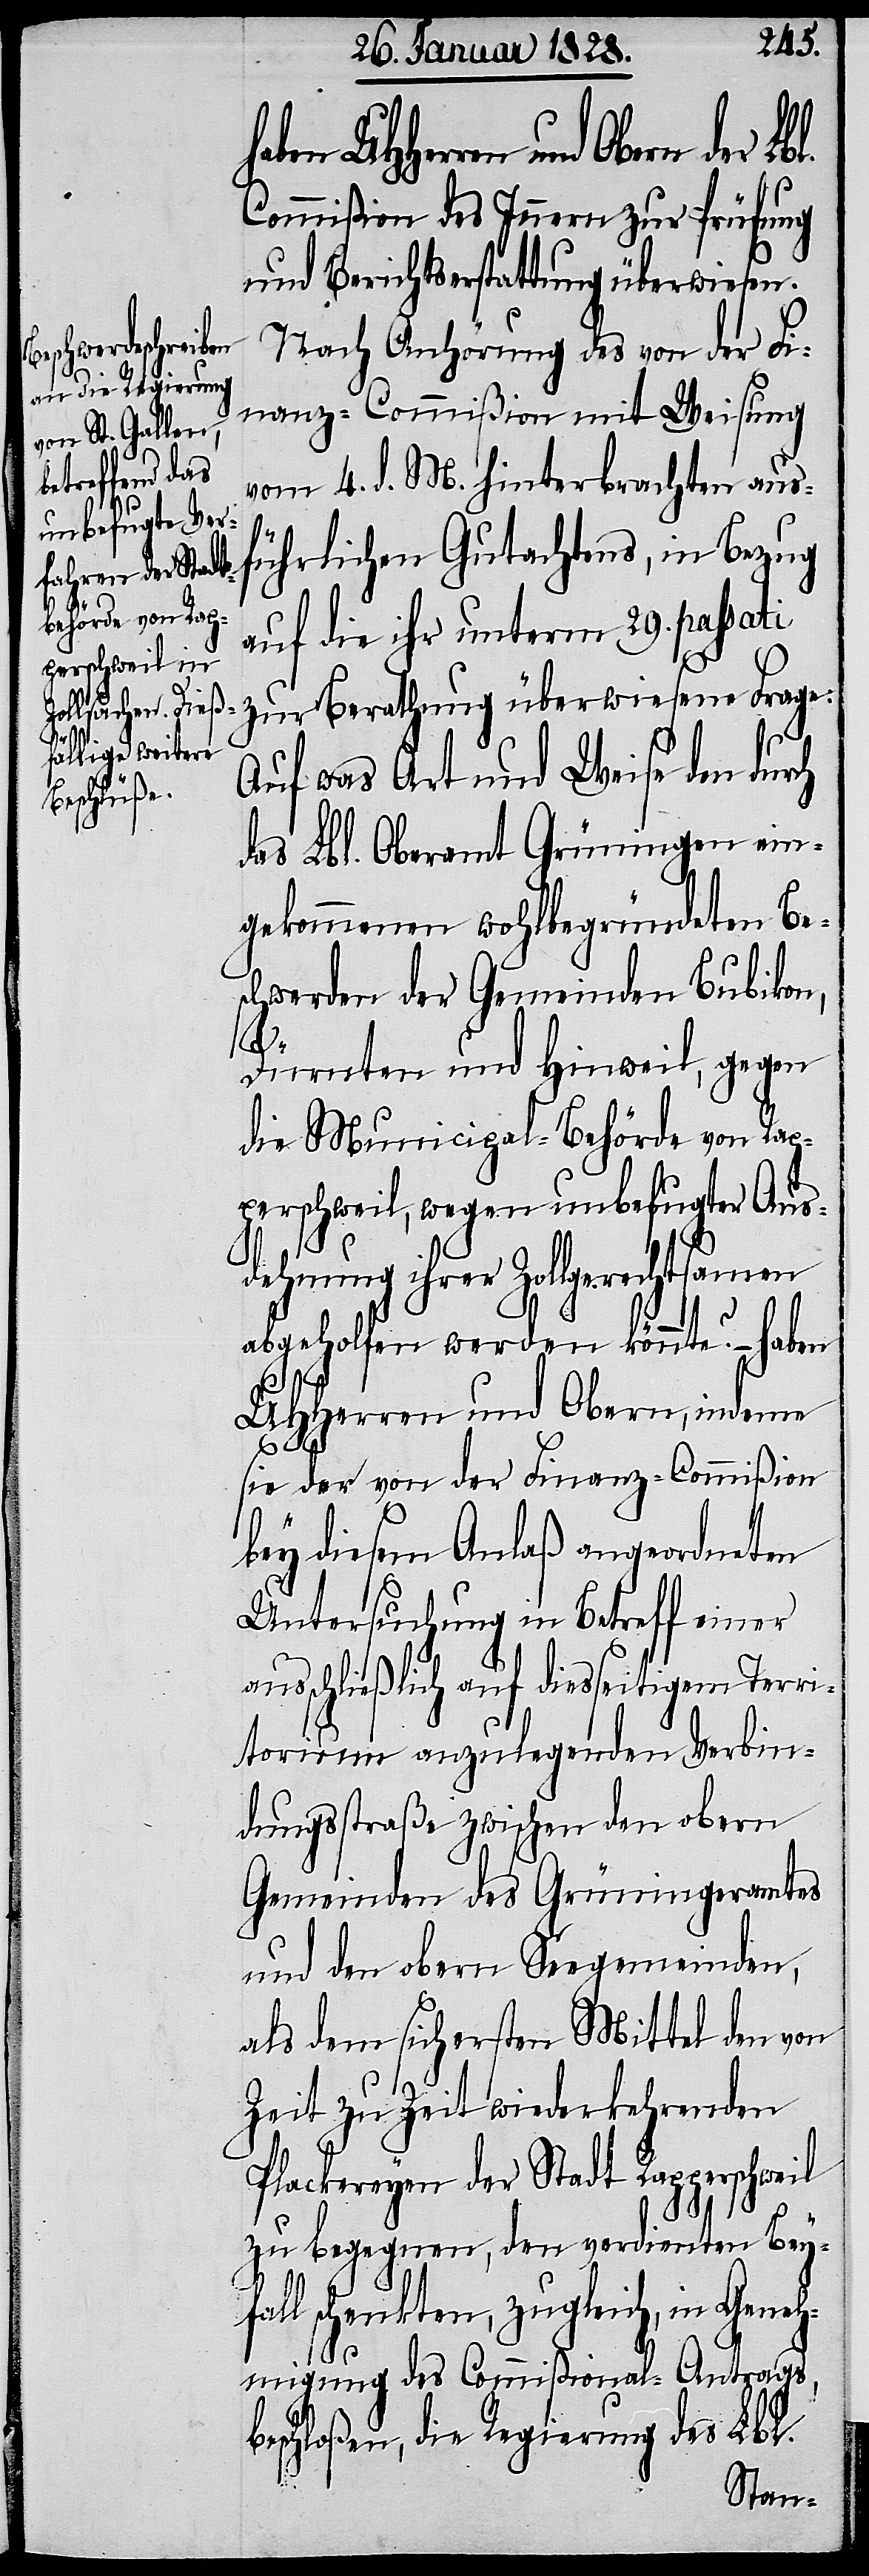
Commißion des Innern zur Prüfung
und Berichtserstattung überwiesen.
Nach Anhörung des von der Fi¬
nanz-Commißion mit Weisung
vom 4. d. M. hinterbrachten aus¬
führlichen Gutachtens, in Bezug
auf die ihr unterm 29. passati
zur Berathung überwiesene Frage:
Auf was Art und Weise den durch
das Lbl. Oberamt Grüningen ein¬
gekommenen wohlbegründeten Be¬
schwerde der Gemeinden Bubikon,
fal¬
Dürnten und Hinweil, gegen
die Municipal-Behörde von Rap¬
perschweil, wegen unbefugter Aus¬
dehnung ihrer Zollrechtsamen
abgeholfen werden könnte? – haben
UHHerren und Obern, indem
sie der von der Finanz-Commißion
bey diesem Anlaß angeordneten
Untersuchung in Betreff einer
ausschließlich auf diesseitigem Terri¬
torium anzulegenden Verbin¬
dungsstraße zwischen den obern
Gemeinden des Grüningeramtes
und den obern Seegemeinden,
als dem sichersten Mittel den von
Zeit zu Zeit wiederkehrenden
Plackereyen der Stadt Rapperschweil
zu begegnen, den verdienten Bey¬
l schenkten, zugleich, in Geneh¬
migung des Commißional-Antrags,
beschloßen, die Regierung des Lbl.